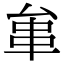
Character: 𠫺